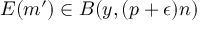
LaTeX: E ( m ^ { \prime } ) \in B ( y , ( p + \epsilon ) n )